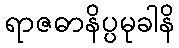
ရာဇဓာနိပ္ပမုခါနိ